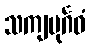
သကျပုင်္ဂဝံ